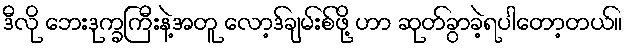
ဒီလို ဘေးဒုက္ခကြီးနဲ့အတူ လော့ဒ်ချမ်းစ်ဖို့ ဟာ ဆုတ်ခွာခဲ့ရပါတော့တယ်။